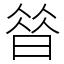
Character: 㫺